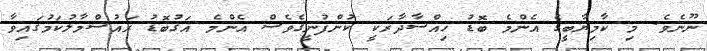
ނޫނެވެ. މި ކާމިޔާބީގެ އެންމެ ބޮޑު ހިއްސާދާރަކީ ކުންފުނީގެވެސް އެންމެ އަގުބޮޑު ރައުސްމާލުކަމުގައިވާ